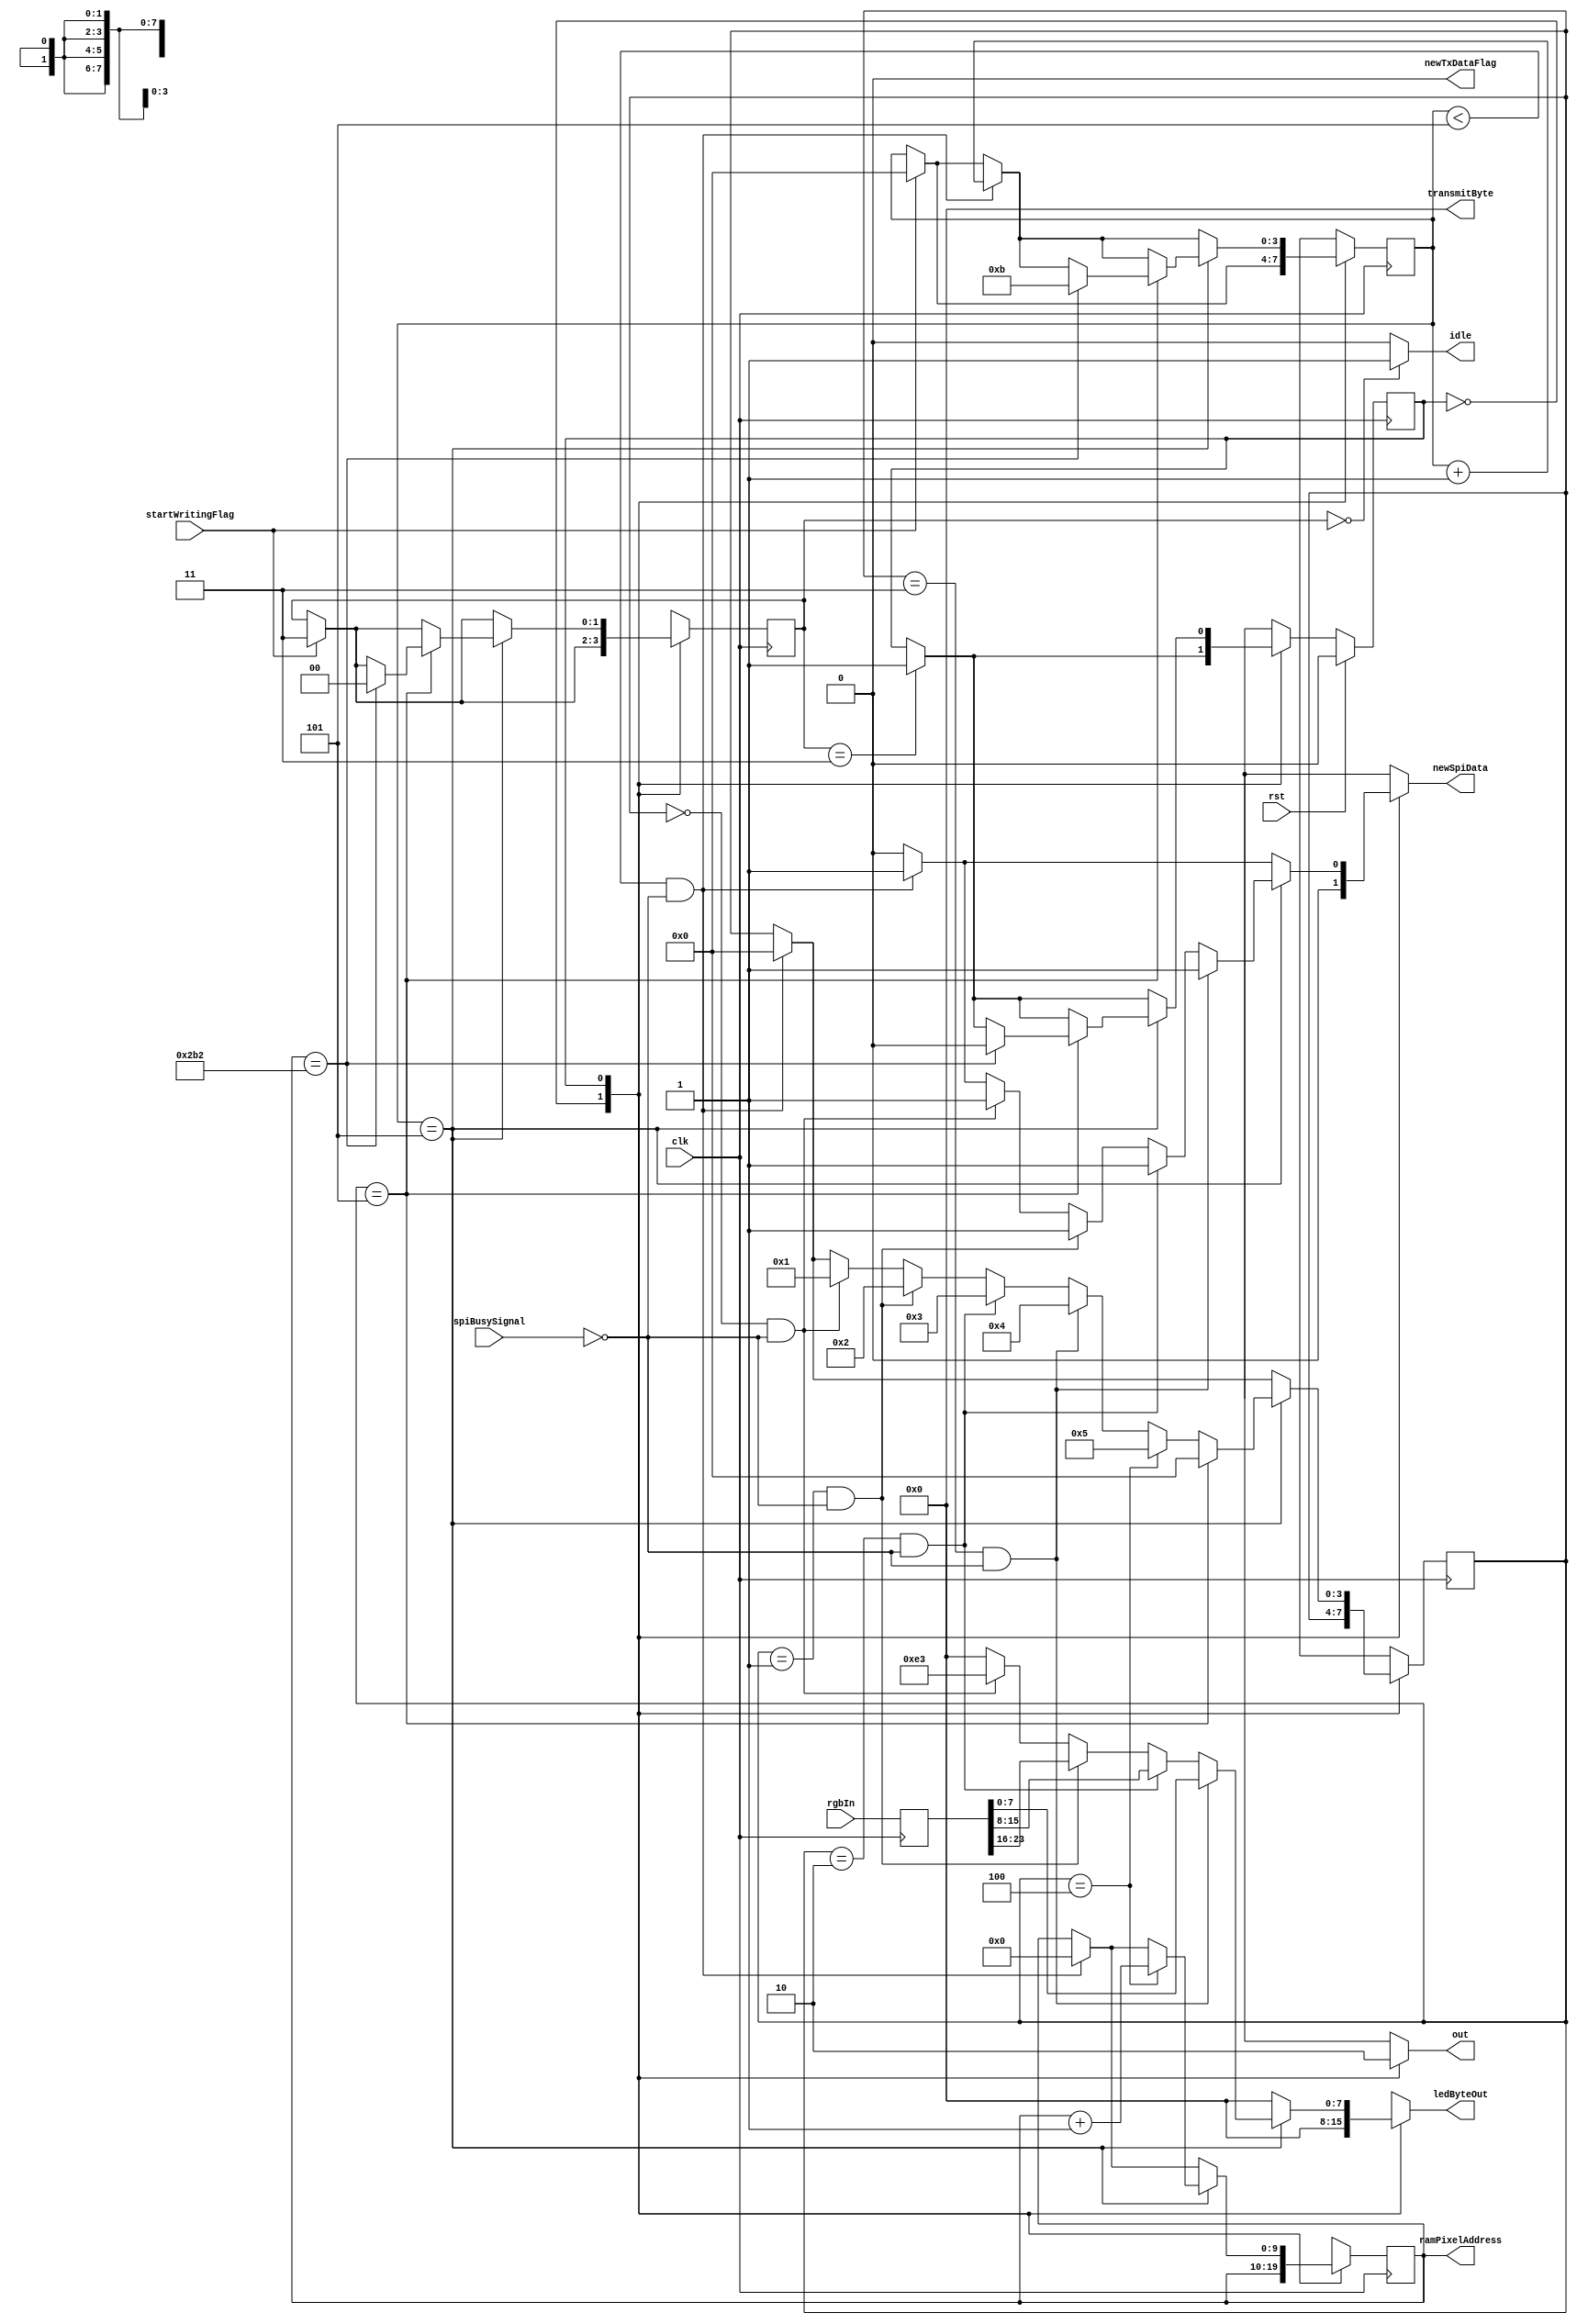
/*
   This file was generated automatically by the Mojo IDE version B1.3.6.
   Do not edit this file directly. Instead edit the original Lucid source.
   This is a temporary file and any changes made to it will be destroyed.
*/

module panel_32_36 (
    input clk,
    input rst,
    input spiBusySignal,
    output reg newSpiData,
    output reg [7:0] ledByteOut,
    output reg [9:0] ramPixelAddress,
    output reg idle,
    input [23:0] rgbIn,
    output reg [7:0] transmitByte,
    output reg newTxDataFlag,
    input startWritingFlag,
    output reg out
  );
  
  
  
  localparam IDLE_state = 1'd0;
  localparam WRITE_state = 1'd1;
  
  reg M_state_d, M_state_q = IDLE_state;
  reg [3:0] M_ledStartBitCounter_d, M_ledStartBitCounter_q = 1'h0;
  reg [3:0] M_rgbCounter_d, M_rgbCounter_q = 1'h0;
  reg [9:0] M_pixelAddress_d, M_pixelAddress_q = 1'h0;
  reg [1:0] M_panelControl1_d, M_panelControl1_q = 1'h0;
  reg [23:0] M_rgbPixels_d, M_rgbPixels_q = 1'h0;
  
  always @* begin
    M_state_d = M_state_q;
    M_ledStartBitCounter_d = M_ledStartBitCounter_q;
    M_panelControl1_d = M_panelControl1_q;
    M_rgbPixels_d = M_rgbPixels_q;
    M_pixelAddress_d = M_pixelAddress_q;
    M_rgbCounter_d = M_rgbCounter_q;
    
    out = 1'h0;
    idle = 1'h0;
    transmitByte = 1'h0;
    newTxDataFlag = 1'h0;
    newSpiData = 1'h0;
    ledByteOut = 1'h0;
    ramPixelAddress = 1'h0;
    M_rgbPixels_d[0+23-:24] = rgbIn;
    ramPixelAddress = M_pixelAddress_q;
    if (M_panelControl1_q == 1'h0) begin
      idle = 1'h1;
    end
    if (startWritingFlag == 1'h1) begin
      M_panelControl1_d = 2'h3;
      M_ledStartBitCounter_d = 1'h0;
    end
    if (M_panelControl1_q == 2'h3) begin
      M_state_d = WRITE_state;
    end
    
    case (M_state_q)
      IDLE_state: begin
        out = 1'h1;
      end
      WRITE_state: begin
        if (M_ledStartBitCounter_q < 3'h5 && !spiBusySignal) begin
          ledByteOut = 8'h00;
          newSpiData = 1'h1;
          M_ledStartBitCounter_d = M_ledStartBitCounter_q + 1'h1;
          M_pixelAddress_d = 1'h0;
          M_rgbCounter_d = 1'h0;
        end
        if (M_ledStartBitCounter_q == 3'h5) begin
          if (M_rgbCounter_q == 1'h0 && !spiBusySignal) begin
            ledByteOut = 8'he3;
            newSpiData = 1'h1;
            M_rgbCounter_d = 1'h1;
          end
          if (M_rgbCounter_q == 1'h1 && !spiBusySignal) begin
            ledByteOut = M_rgbPixels_q[16+7-:8];
            newSpiData = 1'h1;
            M_rgbCounter_d = 2'h2;
          end
          if (M_rgbCounter_q == 2'h2 && !spiBusySignal) begin
            ledByteOut = M_rgbPixels_q[8+7-:8];
            newSpiData = 1'h1;
            M_rgbCounter_d = 2'h3;
          end
          if (M_rgbCounter_q == 2'h3 && !spiBusySignal) begin
            ledByteOut = M_rgbPixels_q[0+7-:8];
            newSpiData = 1'h1;
            M_rgbCounter_d = 3'h4;
          end
          if (M_rgbCounter_q == 3'h4) begin
            M_pixelAddress_d = M_pixelAddress_q + 1'h1;
            M_rgbCounter_d = 3'h5;
          end
          if (M_rgbCounter_q == 3'h5) begin
            M_rgbCounter_d = 1'h0;
            if (M_pixelAddress_q == 10'h2b2) begin
              M_ledStartBitCounter_d = 4'hb;
              M_panelControl1_d = 1'h0;
              M_state_d = IDLE_state;
            end
          end
        end
      end
    endcase
  end
  
  always @(posedge clk) begin
    M_ledStartBitCounter_q <= M_ledStartBitCounter_d;
    M_rgbCounter_q <= M_rgbCounter_d;
    M_pixelAddress_q <= M_pixelAddress_d;
    M_panelControl1_q <= M_panelControl1_d;
    M_rgbPixels_q <= M_rgbPixels_d;
    
    if (rst == 1'b1) begin
      M_state_q <= 1'h0;
    end else begin
      M_state_q <= M_state_d;
    end
  end
  
endmodule